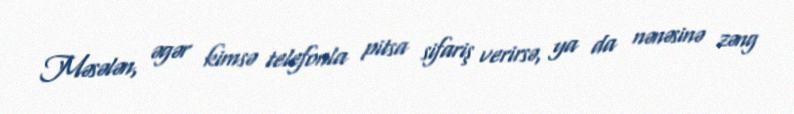
Məsələn, əgər kimsə telefonla pitsa sifariş verirsə, ya da nənəsinə zəng